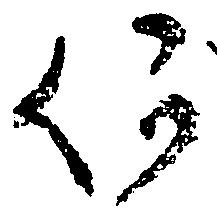
何